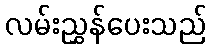
လမ်းညွှန်ပေးသည်